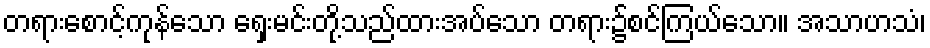
တရားစောင့်ကုန်သော ရှေးမင်းတို့သည်ထားအပ်သော တရား၌စင်ကြယ်သော။ အသာဟသံ၊